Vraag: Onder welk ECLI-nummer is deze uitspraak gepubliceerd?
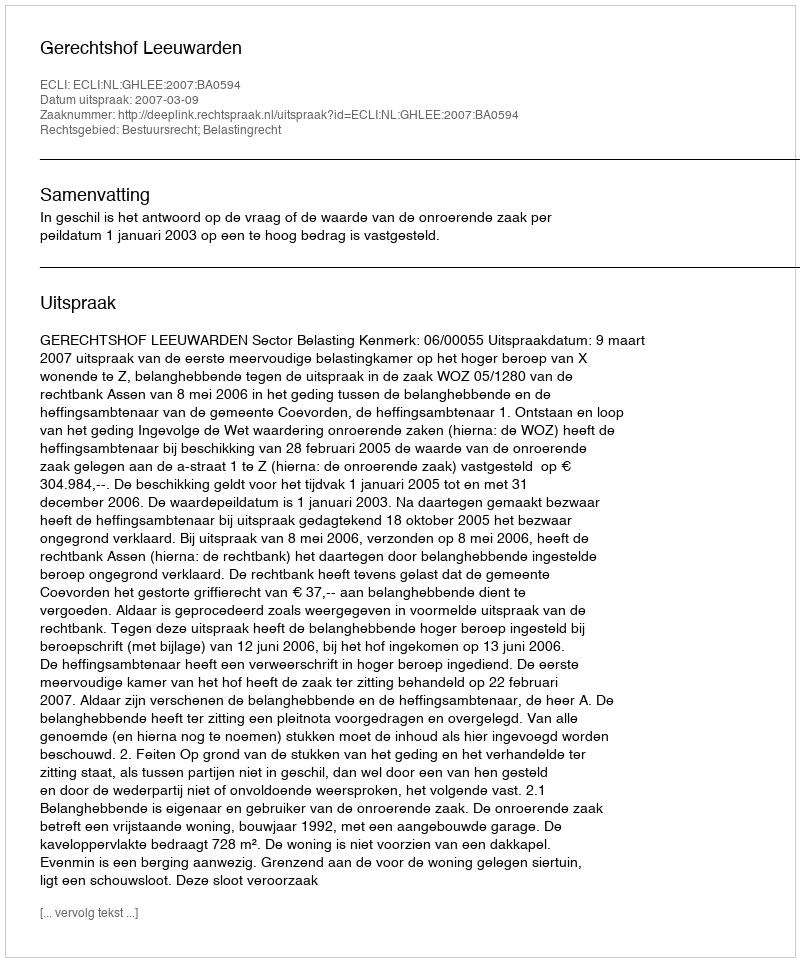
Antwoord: ECLI:NL:GHLEE:2007:BA0594